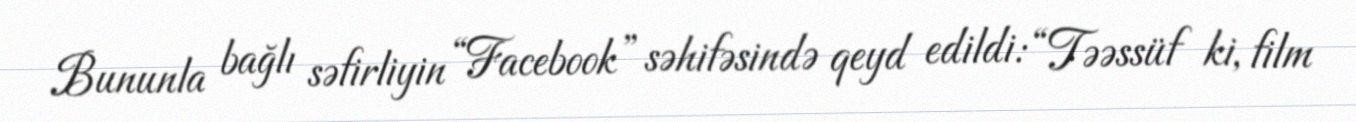
Bununla bağlı səfirliyin “Facebook” səhifəsində qeyd edildi: “Təəssüf ki, film